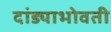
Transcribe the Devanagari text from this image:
दांड्याभोवती